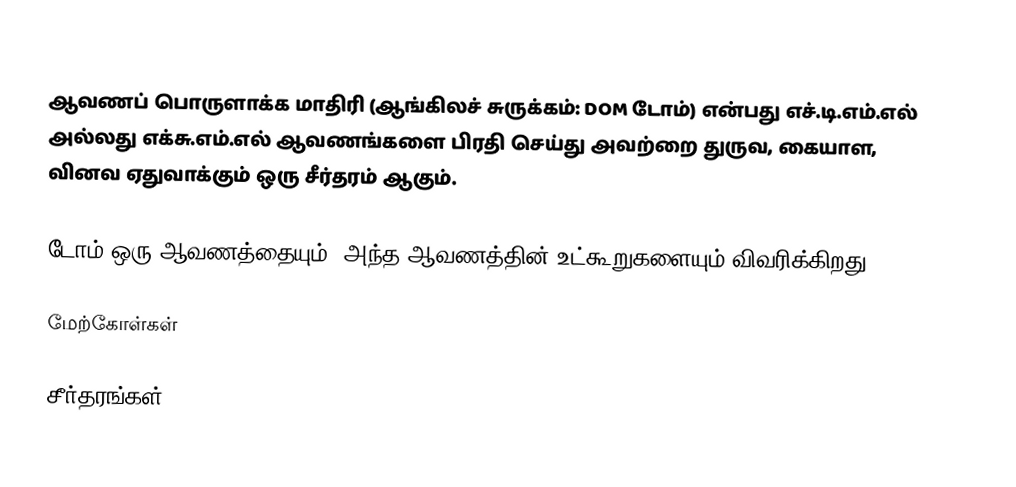
ஆவணப் பொருளாக்க மாதிரி (ஆங்கிலச் சுருக்கம்: DOM டோம்) என்பது எச்.டி.எம்.எல் அல்லது எக்சு.எம்.எல் ஆவணங்களை பிரதி செய்து அவற்றை துருவ, கையாள, வினவ ஏதுவாக்கும் ஒரு சீர்தரம் ஆகும்.

டோம் ஒரு ஆவணத்தையும், அந்த ஆவணத்தின் உட்கூறுகளையும் விவரிக்கிறது.

மேற்கோள்கள்

சீர்தரங்கள்